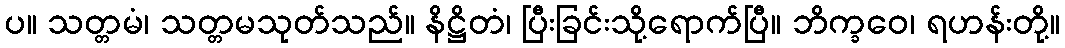
ပ။ သတ္တမံ၊ သတ္တမသုတ်သည်။ နိဋ္ဌိတံ၊ ပြီးခြင်းသို့ရောက်ပြီ။ ဘိက္ခဝေ၊ ရဟန်းတို့။